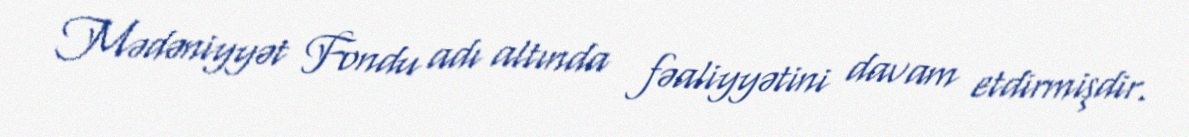
Mədəniyyət Fondu adı altında fəaliyyətini davam etdirmişdir.